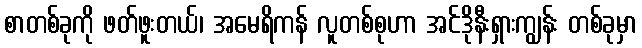
စာတစ်ခုကို ဖတ်ဖူးတယ်၊ အမေရိကန် လူတစ်စုဟာ အင်ဒိုနီးရှားကျွန်း တစ်ခုမှာ